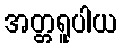
အတ္တရူပါယ